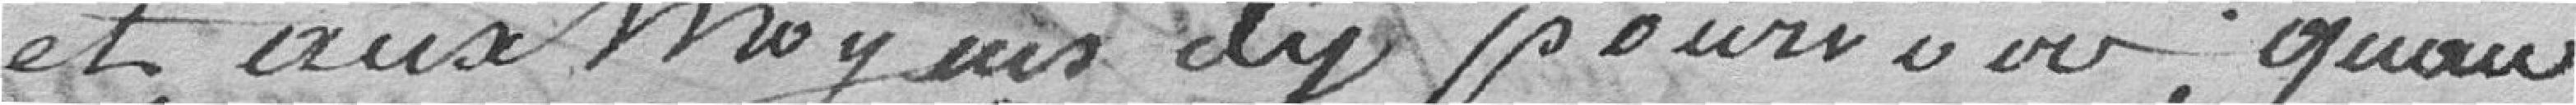
et aux moyens d'y pourvoir, qu'au